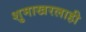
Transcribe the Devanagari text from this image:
शुमाखरलाही